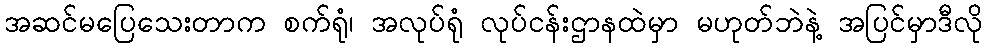
အဆင်မပြေသေးတာက စက်ရုံ၊ အလုပ်ရုံ လုပ်ငန်းဌာနထဲမှာ မဟုတ်ဘဲနဲ့ အပြင်မှာဒီလို